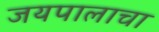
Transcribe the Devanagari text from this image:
जयपालाचा